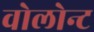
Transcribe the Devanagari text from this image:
वोलोन्ट